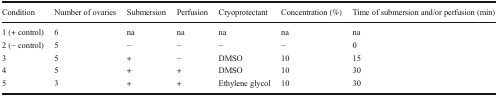
| Condition | Number of ovaries | Submersion | Perfusion | Cryoprotectant | Concentration (%) | Time of submersion and/or perfusion (min) |
 | --- | --- | --- | --- | --- | --- | --- |
 | 1 (+ control) | 6 | na | na | na | na | na |
 | 2 (− control) | 5 | − | − | − | − | 0 |
 | 3 | 5 | + | − | DMSO | 10 | 15 |
 | 4 | 5 | + | + | DMSO | 10 | 30 |
 | 5 | 3 | + | + | Ethylene glycol | 10 | 30 |